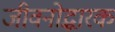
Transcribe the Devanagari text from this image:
जीवनोद्धारक